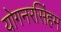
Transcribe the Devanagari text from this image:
योगनरसिंहम